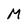
Character: M